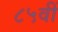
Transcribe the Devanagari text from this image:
८५वीं